Lunatic asylums Punjab 1881-1894 - 1881-1894
Year: 1881
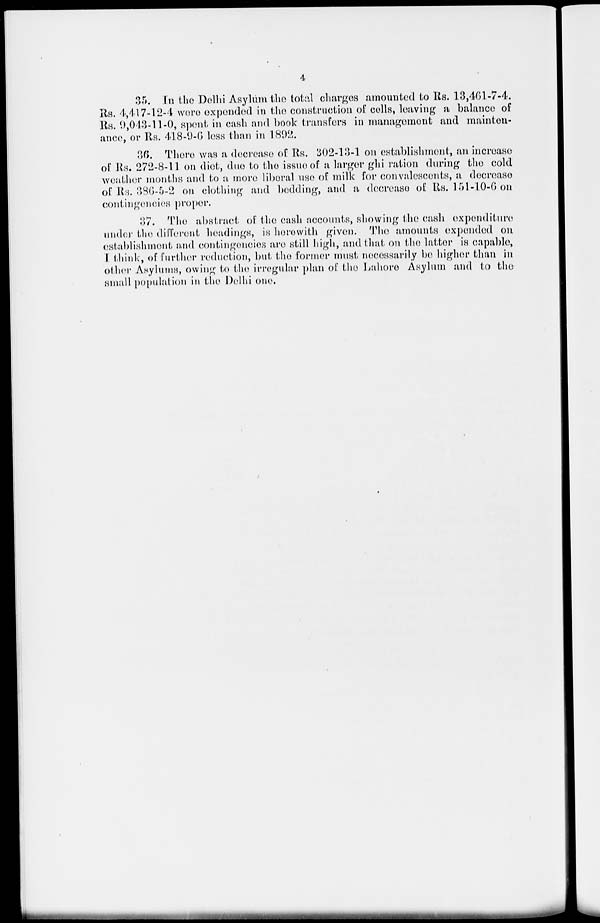
4
35. In the Delhi Asylum the total charges amounted to Rs. 13,461-7-4.
Rs. 4,417-12-4 were expended in the construction of cells, leaving a balance of
Rs. 9,043-11-0, spent in cash and book transfers in management and mainten-
ance, or Rs. 418-9-6 less than in 1892.
36. There was a decrease of Rs. 302-13-1 on establishment , an increase
of Rs. 272-8-11 on diet, due to the issue of a larger ghi ration during the cold
weather months and to a more liberal use of milk for convalescents, a decrease
of Rs. 386-5-2 on clothing and bedding, and a decrease of Rs. 151-10-6 on
contingencies proper.
37. The abstract of the cash accounts, showing the cash expenditure
under the different headings, is herewith given. The amounts expended on
establishment and contingencies are still high, and. that on the latter is capable,
I think , of further reduction, but the former must necessarily be higher than in
other Asylums, owing to the irregular plan of the Lahore Asylum and to the
small population in the Delhi one.